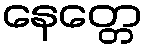
နေတ္တေ